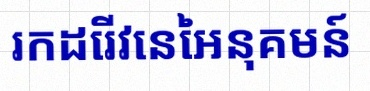
រកដេរីវេនៃអនុគមន៍